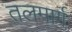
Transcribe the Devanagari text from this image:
तलमार्ग